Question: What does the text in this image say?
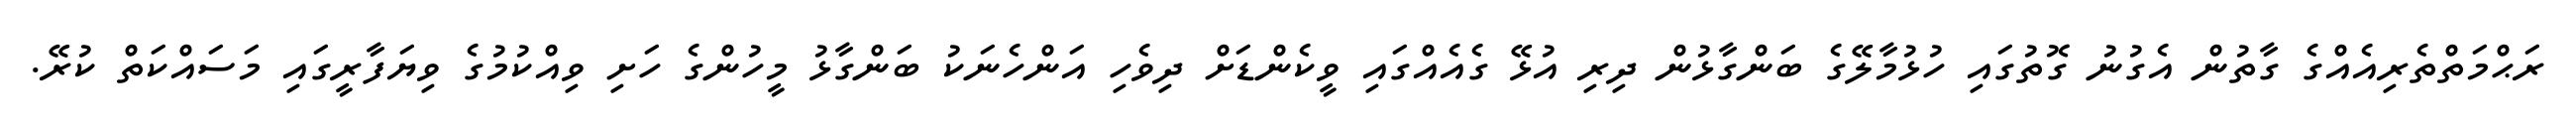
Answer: ރަޙްމަތްތެރިއެއްގެ ގާތުން އެގުނު ގޮތުގައި ހުޅުމާލޭގެ ބަންގާޅުން ދިރި އުޅޭ ގެއެއްގައި ވީކެންޑަށް ދިވެހި އަންހެނަކު ބަންގާޅު މީހުންގެ ހަށި ވިއްކުމުގެ ވިޔަފާރީގައި މަސައްކަތް ކުރޭ.